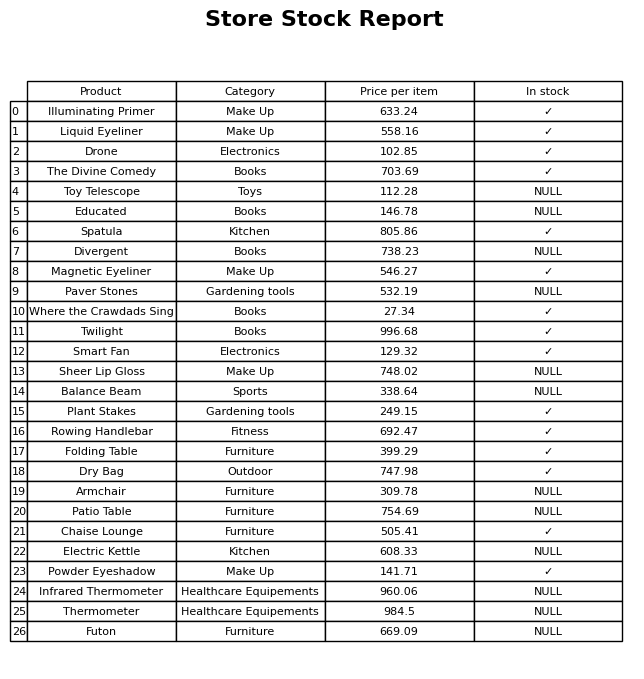
question: Is the Armchair in stock?
answer: NULL